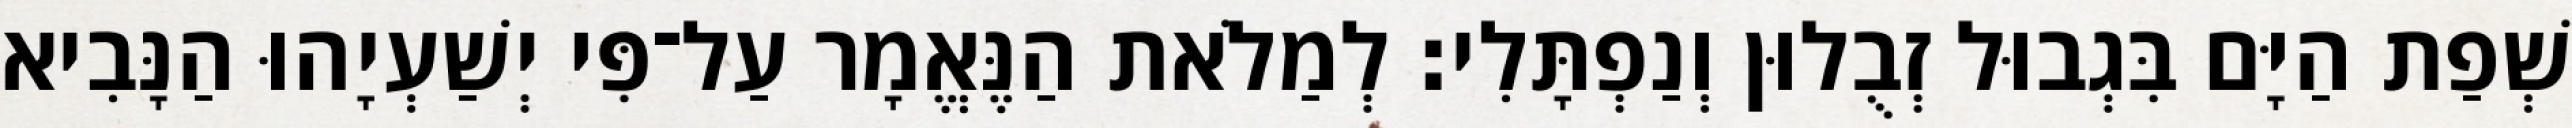
שְׁפַת הַיָּם בִּגְבוּל זְבֻלוּן וְנַפְתָּלִי׃ לְמַלֹאת הַנֶּאֱמָר עַל־פִּי יְשַׁעְיָהוּ הַנָּבִיא